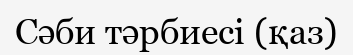
Сәби тәрбиесі (қаз)